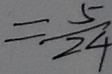
= \frac { 5 } { 2 4 }